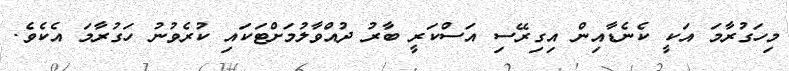
މިހަގުރާމަ އަކީ ކެނެޑާއިން އިގިރޭސި އަސްކަރީ ބާރު ދުއްވާލުމަށްޓަކައި ކުރެވުނު ހަގުރާމަ އެކެވެ.